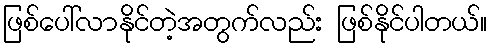
ဖြစ်ပေါ်လာနိုင်တဲ့အတွက်လည်း ဖြစ်နိုင်ပါတယ်။